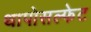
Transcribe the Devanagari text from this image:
थापोसल्फेट